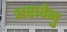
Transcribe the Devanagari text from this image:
अरावेनु